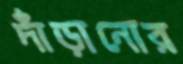
দাঁড়ানোর